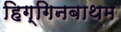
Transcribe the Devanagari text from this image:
हिग्गिनबाथम